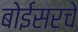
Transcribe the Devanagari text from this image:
बोईसरचे